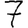
Digit: 7